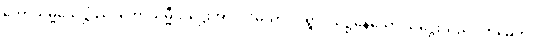
ကောသမ္ဗိသေဋ္ဌိဿ၊ ကောသမ္ဗီသဋ္ဌေးအား။ “မယာ၊ ငါရွာငယ်၌နေသော သဋ္ဌေးသည်။ တုမှေဟိ၊